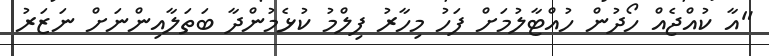
"އާ ކުއްޖެއް ހޯދުން ހުއްޓާލުމަށް ފަހު މިހާރު ފިލްމު ކުޅެމުންދާ ބަތަލާއިންނަށް ނަޒަރު